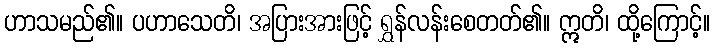
ဟာသမည်၏။ ပဟာသေတိ၊ အပြားအားဖြင့် ရွှန်လန်းစေတတ်၏။ ဣတိ၊ ထို့ကြောင့်။